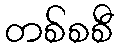
တစ်စစီ